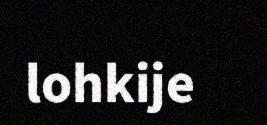
lohkije